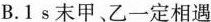
B.1s末甲、乙一定相遇